画像に写った文字を読んでください
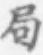
「局」と書いてあります